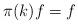
LaTeX: \begin{align*} \pi(k) f = f\end{align*}